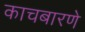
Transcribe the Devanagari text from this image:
काचबारणे